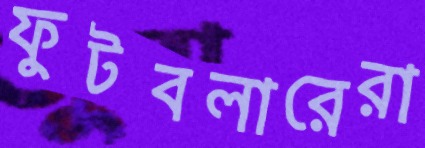
ফুটবলারেরা